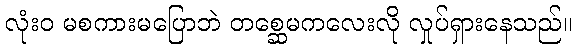
လုံးဝ မစကားမပြောဘဲ တစ္ဆေမကလေးလို လှုပ်ရှားနေသည်။